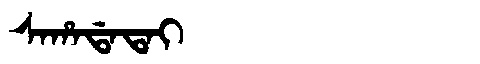
Manchu: ᠰᠠᡥᠠᡩᠠᡨᠠᡳ
Romanization: SAHADATAI